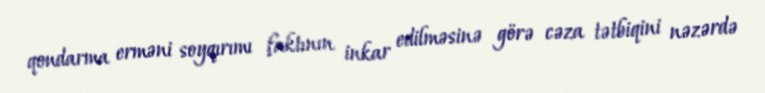
qondarma erməni soyqırımı faktının inkar edilməsinə görə cəza tətbiqini nəzərdə